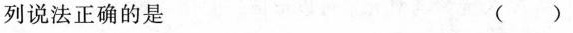
列说法正确的是 ()